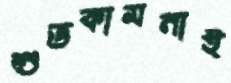
শুভকামনাই